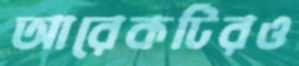
আরেকটিরও